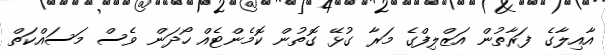
އާއިލާގެ ފަރާތުން އަޒްލިފްގެ މަރާ ގުޅޭ ގޮތުން ކޮމެންޓެއް ހޯދަން ވެސް މަސައްކަތް